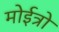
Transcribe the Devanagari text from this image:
मोईत्रो